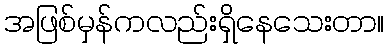
အဖြစ်မှန်ကလည်းရှိနေသေးတာ။